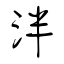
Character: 泮